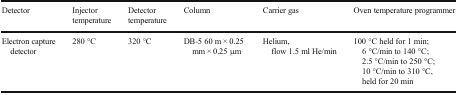
<table><thead><tr><td><b>Detector</b></td><td><b>Injector temperature</b></td><td><b>Detector temperature</b></td><td><b>Column</b></td><td><b>Carrier gas</b></td><td><b>Oven temperature programmer</b></td></tr></thead><tbody><tr><td>Electron capture detector</td><td>280 °C</td><td>320 °C</td><td>DB-5 60 m × 0.25 mm × 0.25 μm</td><td>Helium, flow 1.5 ml He/min</td><td>100 °C held for 1 min; 6 °C/min to 140 °C; 2.5 °C/min to 250 °C; 10 °C/min to 310 °C, held for 20 min</td></tr></tbody></table>